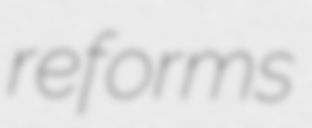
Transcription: reforms